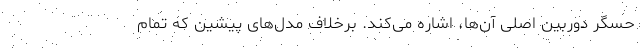
حسگر دوربین اصلی ‌آن‌ها، اشاره می‌کند. برخلاف مدل‌های پیشین که تمام